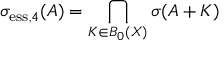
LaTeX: \sigma _ { \mathrm { e s s } , 4 } ( A ) = \bigcap _ { K \in B _ { 0 } ( X ) } \sigma ( A + K )